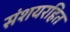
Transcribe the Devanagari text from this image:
संशयरहित